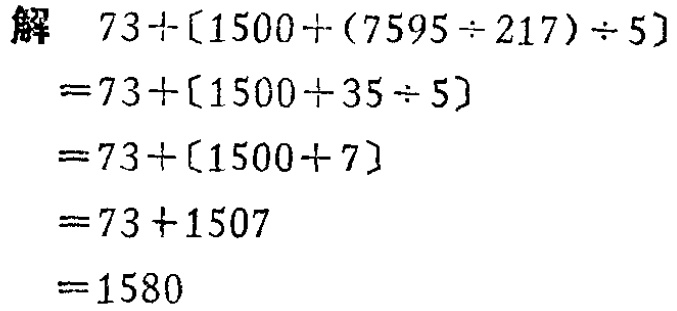
\begin{align*}

&解\quad 73+[1500+(7595\div217)\div5]\\

&=73+[1500 + 35\div5]\\

&=73+[1500 + 7]\\

&=73+1507\\

&=1580

\end{align*}